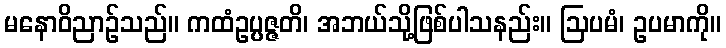
မနောဝိညာဉ်သည်။ ကထံဥပ္ပဇ္ဇတိ၊ အဘယ်သို့ဖြစ်ပါသနည်း။ ဩပမံ၊ ဥပမာကို။